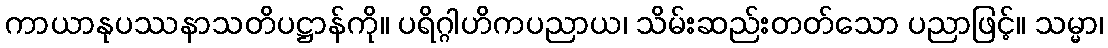
ကာယာနုပဿနာသတိပဋ္ဌာန်ကို။ ပရိဂ္ဂါဟိကပညာယ၊ သိမ်းဆည်းတတ်သော ပညာဖြင့်။ သမ္မာ၊